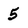
Character: 5